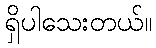
ရှိပါသေးတယ်။